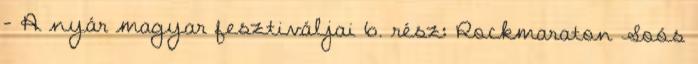
– A nyár magyar fesztiváljai 6. rész: Rockmaraton Soós